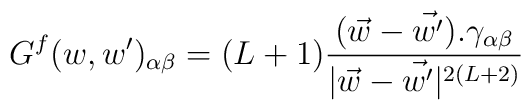
G^f(w,w')_{\alpha \beta}= (L+1)\frac{{ (\vec{w} - \vec{w'})}.\gamma_{\alpha\beta}}{|\vec{w}-\vec{w'}|^{2(L+2)}}